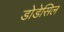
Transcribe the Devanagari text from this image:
डोडेसिल